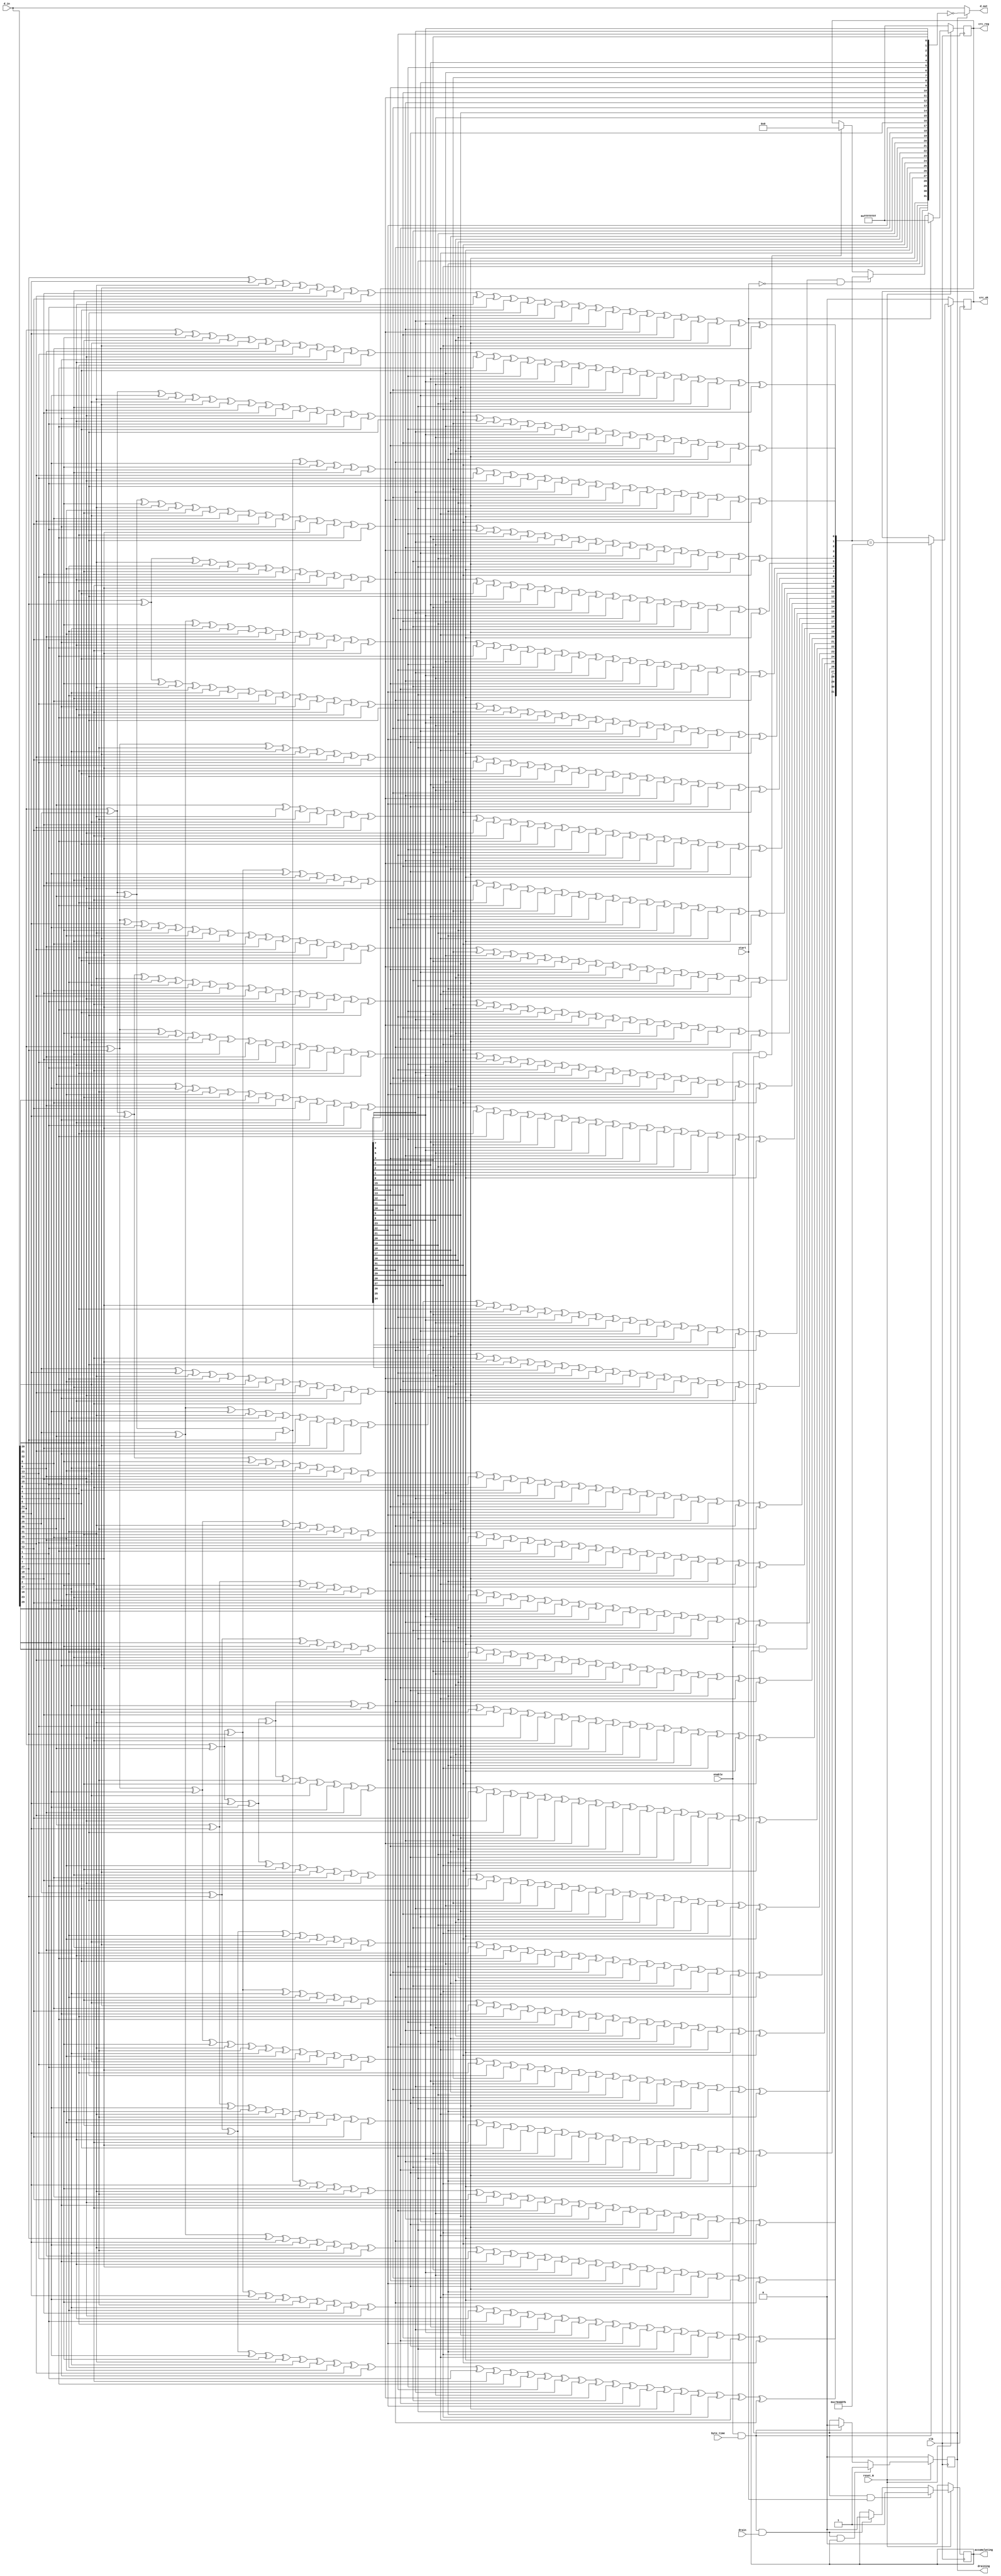

//--------------------------------------------------------------------------------------------------
//
// Title       : DW04_crc32
// Design      : crc32

// Company     :  Inc
//
//-------------------------------------------------------------------------------------------------
//
// Description : DW04_crc32 is a 32-bit Cyclic Redundancy Check (CRC) Polynomial Generator/Checker
// that provides data integrity on data streams of varying length.
//
//-------------------------------------------------------------------------------------------------

module DW04_crc32 (
	d_in,			  //Input data
	start,			  //Starts accumulation in the CRC register
	drain,			  //Drains the CRC register
	byte_time,		  //Indicates that a byte boundary has been reached,
	                  //active high. If the data width is eight bits or more,
					  //then byte_time functions as a second enable.
	enable,			  //Enable pin for all operations, active high
	clk,			  //Clock
	reset_N,		  //Synchronous reset, active low
	d_out,			  //Output data
	accumulating,	  //Indicates that the CRC register is accumulating
	draining,		  //Indicates that the CRC register is draining
	crc_ok,			  //Indicates a correct CRC value
	crc_reg			  //Provides constant monitoring of CRC register
	)/* synthesis syn_builtin_du = "weak" */;

//Parameter declaration
parameter data_width_power = 5;  
parameter mode_select = 3;
//Internal parameter 
parameter data_width = 1 << data_width_power;

//Input/output declaration
input [(1 << data_width_power) - 1 : 0 ]   d_in;
input                                      start;
input                                      drain;
input                                      byte_time;
input                                      enable;
input                                      clk;
input                                      reset_N;

output [(1 << data_width_power) - 1 : 0 ]  d_out; 
output                                     accumulating;
output                                     draining;
output                                     crc_ok;
output [31:0]                              crc_reg;

//Internal register declaration
reg [31:0]                                 crc_reg;		
reg [31:0]                                 new_crc;		
reg [data_width - 1 : 0]                   crc_reg_bit_order;		
reg [1:0]                                  byte_ctr;
reg                                        accumulating;
reg                                        draining;
reg                                        crc_ok;

//Updating the output
assign d_out = draining ? ~crc_reg_bit_order : d_in;

/*****************************
CRC-32 = x^32 + x^26 + x^23 + x^22 + x^16 + x^12 + x^11 + x^10 + x^8 + x^7 + x^5 + x^4 + x^2 + x + 1
poly_coef0 = x^12 + x^11 + x^10 + x^8 + x^7 + x^5 + x^4 + x^2 + x + 1, evaluated at x = 2
poly_coef0 = 2^12 + 2^11 + 2^10 + 2^8 + 2^7 + 2^5 + 2^4 + 2^2 + 2 + 1 =
4096 + 2048 + 1024 + 256 + 128 + 32 + 16 + 4 + 2 + 1
poly_coef0 = 7607 (binary equivalent = 0001110110110111)
poly_coef1 = (x^26 + x^23 + x^22 + x^16 )/2^16 , evaluated at x = 2
poly_coef1 = (2^26 + 2^23 + 2^22 + 2^16 )/2^16 = 2^10 + 2^7 + 2^6 + 1 =	1024 + 128 + 64 + 1
poly_coef1 = 1217 (binary equivalent = 0000010011000001)   
*****************************/
//Data width = 32 bits
function [31:0] new_crc32_d32;
input [31:0]  crc;	 
input [31:0]  din;

reg [31:0] D;
reg [31:0] C;
reg [31:0] NewCRC;

  begin
	//Bit Ordering 
	D = {din[24], din[25], din[26], din[27], din[28], din[29], din[30], din[31], din[16], din[17], din[18], din[19], din[20], din[21], din[22], din[23], din[8], din[9], din[10], din[11], din[12], din[13], din[14], din[15], din[0], din[1], din[2], din[3], din[4], din[5], din[6], din[7]}; 
    C = crc;

    NewCRC[0] = D[31] ^ D[30] ^ D[29] ^ D[28] ^ D[26] ^ D[25] ^ D[24] ^ 
                D[16] ^ D[12] ^ D[10] ^ D[9] ^ D[6] ^ D[0] ^ C[0] ^ 
                C[6] ^ C[9] ^ C[10] ^ C[12] ^ C[16] ^ C[24] ^ C[25] ^ 
                C[26] ^ C[28] ^ C[29] ^ C[30] ^ C[31];
    NewCRC[1] = D[28] ^ D[27] ^ D[24] ^ D[17] ^ D[16] ^ D[13] ^ D[12] ^ 
                D[11] ^ D[9] ^ D[7] ^ D[6] ^ D[1] ^ D[0] ^ C[0] ^ C[1] ^ 
                C[6] ^ C[7] ^ C[9] ^ C[11] ^ C[12] ^ C[13] ^ C[16] ^ 
                C[17] ^ C[24] ^ C[27] ^ C[28];
    NewCRC[2] = D[31] ^ D[30] ^ D[26] ^ D[24] ^ D[18] ^ D[17] ^ D[16] ^ 
                D[14] ^ D[13] ^ D[9] ^ D[8] ^ D[7] ^ D[6] ^ D[2] ^ 
                D[1] ^ D[0] ^ C[0] ^ C[1] ^ C[2] ^ C[6] ^ C[7] ^ C[8] ^ 
                C[9] ^ C[13] ^ C[14] ^ C[16] ^ C[17] ^ C[18] ^ C[24] ^ 
                C[26] ^ C[30] ^ C[31];
    NewCRC[3] = D[31] ^ D[27] ^ D[25] ^ D[19] ^ D[18] ^ D[17] ^ D[15] ^ 
                D[14] ^ D[10] ^ D[9] ^ D[8] ^ D[7] ^ D[3] ^ D[2] ^ 
                D[1] ^ C[1] ^ C[2] ^ C[3] ^ C[7] ^ C[8] ^ C[9] ^ C[10] ^ 
                C[14] ^ C[15] ^ C[17] ^ C[18] ^ C[19] ^ C[25] ^ C[27] ^ 
                C[31];
    NewCRC[4] = D[31] ^ D[30] ^ D[29] ^ D[25] ^ D[24] ^ D[20] ^ D[19] ^ 
                D[18] ^ D[15] ^ D[12] ^ D[11] ^ D[8] ^ D[6] ^ D[4] ^ 
                D[3] ^ D[2] ^ D[0] ^ C[0] ^ C[2] ^ C[3] ^ C[4] ^ C[6] ^ 
                C[8] ^ C[11] ^ C[12] ^ C[15] ^ C[18] ^ C[19] ^ C[20] ^ 
                C[24] ^ C[25] ^ C[29] ^ C[30] ^ C[31];
    NewCRC[5] = D[29] ^ D[28] ^ D[24] ^ D[21] ^ D[20] ^ D[19] ^ D[13] ^ 
                D[10] ^ D[7] ^ D[6] ^ D[5] ^ D[4] ^ D[3] ^ D[1] ^ D[0] ^ 
                C[0] ^ C[1] ^ C[3] ^ C[4] ^ C[5] ^ C[6] ^ C[7] ^ C[10] ^ 
                C[13] ^ C[19] ^ C[20] ^ C[21] ^ C[24] ^ C[28] ^ C[29];
    NewCRC[6] = D[30] ^ D[29] ^ D[25] ^ D[22] ^ D[21] ^ D[20] ^ D[14] ^ 
                D[11] ^ D[8] ^ D[7] ^ D[6] ^ D[5] ^ D[4] ^ D[2] ^ D[1] ^ 
                C[1] ^ C[2] ^ C[4] ^ C[5] ^ C[6] ^ C[7] ^ C[8] ^ C[11] ^ 
                C[14] ^ C[20] ^ C[21] ^ C[22] ^ C[25] ^ C[29] ^ C[30];
    NewCRC[7] = D[29] ^ D[28] ^ D[25] ^ D[24] ^ D[23] ^ D[22] ^ D[21] ^ 
                D[16] ^ D[15] ^ D[10] ^ D[8] ^ D[7] ^ D[5] ^ D[3] ^ 
                D[2] ^ D[0] ^ C[0] ^ C[2] ^ C[3] ^ C[5] ^ C[7] ^ C[8] ^ 
                C[10] ^ C[15] ^ C[16] ^ C[21] ^ C[22] ^ C[23] ^ C[24] ^ 
                C[25] ^ C[28] ^ C[29];
    NewCRC[8] = D[31] ^ D[28] ^ D[23] ^ D[22] ^ D[17] ^ D[12] ^ D[11] ^ 
                D[10] ^ D[8] ^ D[4] ^ D[3] ^ D[1] ^ D[0] ^ C[0] ^ C[1] ^ 
                C[3] ^ C[4] ^ C[8] ^ C[10] ^ C[11] ^ C[12] ^ C[17] ^ 
                C[22] ^ C[23] ^ C[28] ^ C[31];
    NewCRC[9] = D[29] ^ D[24] ^ D[23] ^ D[18] ^ D[13] ^ D[12] ^ D[11] ^ 
                D[9] ^ D[5] ^ D[4] ^ D[2] ^ D[1] ^ C[1] ^ C[2] ^ C[4] ^ 
                C[5] ^ C[9] ^ C[11] ^ C[12] ^ C[13] ^ C[18] ^ C[23] ^ 
                C[24] ^ C[29];
    NewCRC[10] = D[31] ^ D[29] ^ D[28] ^ D[26] ^ D[19] ^ D[16] ^ D[14] ^ 
                 D[13] ^ D[9] ^ D[5] ^ D[3] ^ D[2] ^ D[0] ^ C[0] ^ C[2] ^ 
                 C[3] ^ C[5] ^ C[9] ^ C[13] ^ C[14] ^ C[16] ^ C[19] ^ 
                 C[26] ^ C[28] ^ C[29] ^ C[31];
    NewCRC[11] = D[31] ^ D[28] ^ D[27] ^ D[26] ^ D[25] ^ D[24] ^ D[20] ^ 
                 D[17] ^ D[16] ^ D[15] ^ D[14] ^ D[12] ^ D[9] ^ D[4] ^ 
                 D[3] ^ D[1] ^ D[0] ^ C[0] ^ C[1] ^ C[3] ^ C[4] ^ C[9] ^ 
                 C[12] ^ C[14] ^ C[15] ^ C[16] ^ C[17] ^ C[20] ^ C[24] ^ 
                 C[25] ^ C[26] ^ C[27] ^ C[28] ^ C[31];
    NewCRC[12] = D[31] ^ D[30] ^ D[27] ^ D[24] ^ D[21] ^ D[18] ^ D[17] ^ 
                 D[15] ^ D[13] ^ D[12] ^ D[9] ^ D[6] ^ D[5] ^ D[4] ^ 
                 D[2] ^ D[1] ^ D[0] ^ C[0] ^ C[1] ^ C[2] ^ C[4] ^ C[5] ^ 
                 C[6] ^ C[9] ^ C[12] ^ C[13] ^ C[15] ^ C[17] ^ C[18] ^ 
                 C[21] ^ C[24] ^ C[27] ^ C[30] ^ C[31];
    NewCRC[13] = D[31] ^ D[28] ^ D[25] ^ D[22] ^ D[19] ^ D[18] ^ D[16] ^ 
                 D[14] ^ D[13] ^ D[10] ^ D[7] ^ D[6] ^ D[5] ^ D[3] ^ 
                 D[2] ^ D[1] ^ C[1] ^ C[2] ^ C[3] ^ C[5] ^ C[6] ^ C[7] ^ 
                 C[10] ^ C[13] ^ C[14] ^ C[16] ^ C[18] ^ C[19] ^ C[22] ^ 
                 C[25] ^ C[28] ^ C[31];
    NewCRC[14] = D[29] ^ D[26] ^ D[23] ^ D[20] ^ D[19] ^ D[17] ^ D[15] ^ 
                 D[14] ^ D[11] ^ D[8] ^ D[7] ^ D[6] ^ D[4] ^ D[3] ^ 
                 D[2] ^ C[2] ^ C[3] ^ C[4] ^ C[6] ^ C[7] ^ C[8] ^ C[11] ^ 
                 C[14] ^ C[15] ^ C[17] ^ C[19] ^ C[20] ^ C[23] ^ C[26] ^ 
                 C[29];
    NewCRC[15] = D[30] ^ D[27] ^ D[24] ^ D[21] ^ D[20] ^ D[18] ^ D[16] ^ 
                 D[15] ^ D[12] ^ D[9] ^ D[8] ^ D[7] ^ D[5] ^ D[4] ^ 
                 D[3] ^ C[3] ^ C[4] ^ C[5] ^ C[7] ^ C[8] ^ C[9] ^ C[12] ^ 
                 C[15] ^ C[16] ^ C[18] ^ C[20] ^ C[21] ^ C[24] ^ C[27] ^ 
                 C[30];
    NewCRC[16] = D[30] ^ D[29] ^ D[26] ^ D[24] ^ D[22] ^ D[21] ^ D[19] ^ 
                 D[17] ^ D[13] ^ D[12] ^ D[8] ^ D[5] ^ D[4] ^ D[0] ^ 
                 C[0] ^ C[4] ^ C[5] ^ C[8] ^ C[12] ^ C[13] ^ C[17] ^ 
                 C[19] ^ C[21] ^ C[22] ^ C[24] ^ C[26] ^ C[29] ^ C[30];
    NewCRC[17] = D[31] ^ D[30] ^ D[27] ^ D[25] ^ D[23] ^ D[22] ^ D[20] ^ 
                 D[18] ^ D[14] ^ D[13] ^ D[9] ^ D[6] ^ D[5] ^ D[1] ^ 
                 C[1] ^ C[5] ^ C[6] ^ C[9] ^ C[13] ^ C[14] ^ C[18] ^ 
                 C[20] ^ C[22] ^ C[23] ^ C[25] ^ C[27] ^ C[30] ^ C[31];
    NewCRC[18] = D[31] ^ D[28] ^ D[26] ^ D[24] ^ D[23] ^ D[21] ^ D[19] ^ 
                 D[15] ^ D[14] ^ D[10] ^ D[7] ^ D[6] ^ D[2] ^ C[2] ^ 
                 C[6] ^ C[7] ^ C[10] ^ C[14] ^ C[15] ^ C[19] ^ C[21] ^ 
                 C[23] ^ C[24] ^ C[26] ^ C[28] ^ C[31];
    NewCRC[19] = D[29] ^ D[27] ^ D[25] ^ D[24] ^ D[22] ^ D[20] ^ D[16] ^ 
                 D[15] ^ D[11] ^ D[8] ^ D[7] ^ D[3] ^ C[3] ^ C[7] ^ 
                 C[8] ^ C[11] ^ C[15] ^ C[16] ^ C[20] ^ C[22] ^ C[24] ^ 
                 C[25] ^ C[27] ^ C[29];
    NewCRC[20] = D[30] ^ D[28] ^ D[26] ^ D[25] ^ D[23] ^ D[21] ^ D[17] ^ 
                 D[16] ^ D[12] ^ D[9] ^ D[8] ^ D[4] ^ C[4] ^ C[8] ^ 
                 C[9] ^ C[12] ^ C[16] ^ C[17] ^ C[21] ^ C[23] ^ C[25] ^ 
                 C[26] ^ C[28] ^ C[30];
    NewCRC[21] = D[31] ^ D[29] ^ D[27] ^ D[26] ^ D[24] ^ D[22] ^ D[18] ^ 
                 D[17] ^ D[13] ^ D[10] ^ D[9] ^ D[5] ^ C[5] ^ C[9] ^ 
                 C[10] ^ C[13] ^ C[17] ^ C[18] ^ C[22] ^ C[24] ^ C[26] ^ 
                 C[27] ^ C[29] ^ C[31];
    NewCRC[22] = D[31] ^ D[29] ^ D[27] ^ D[26] ^ D[24] ^ D[23] ^ D[19] ^ 
                 D[18] ^ D[16] ^ D[14] ^ D[12] ^ D[11] ^ D[9] ^ D[0] ^ 
                 C[0] ^ C[9] ^ C[11] ^ C[12] ^ C[14] ^ C[16] ^ C[18] ^ 
                 C[19] ^ C[23] ^ C[24] ^ C[26] ^ C[27] ^ C[29] ^ C[31];
    NewCRC[23] = D[31] ^ D[29] ^ D[27] ^ D[26] ^ D[20] ^ D[19] ^ D[17] ^ 
                 D[16] ^ D[15] ^ D[13] ^ D[9] ^ D[6] ^ D[1] ^ D[0] ^ 
                 C[0] ^ C[1] ^ C[6] ^ C[9] ^ C[13] ^ C[15] ^ C[16] ^ 
                 C[17] ^ C[19] ^ C[20] ^ C[26] ^ C[27] ^ C[29] ^ C[31];
    NewCRC[24] = D[30] ^ D[28] ^ D[27] ^ D[21] ^ D[20] ^ D[18] ^ D[17] ^ 
                 D[16] ^ D[14] ^ D[10] ^ D[7] ^ D[2] ^ D[1] ^ C[1] ^ 
                 C[2] ^ C[7] ^ C[10] ^ C[14] ^ C[16] ^ C[17] ^ C[18] ^ 
                 C[20] ^ C[21] ^ C[27] ^ C[28] ^ C[30];
    NewCRC[25] = D[31] ^ D[29] ^ D[28] ^ D[22] ^ D[21] ^ D[19] ^ D[18] ^ 
                 D[17] ^ D[15] ^ D[11] ^ D[8] ^ D[3] ^ D[2] ^ C[2] ^ 
                 C[3] ^ C[8] ^ C[11] ^ C[15] ^ C[17] ^ C[18] ^ C[19] ^ 
                 C[21] ^ C[22] ^ C[28] ^ C[29] ^ C[31];
    NewCRC[26] = D[31] ^ D[28] ^ D[26] ^ D[25] ^ D[24] ^ D[23] ^ D[22] ^ 
                 D[20] ^ D[19] ^ D[18] ^ D[10] ^ D[6] ^ D[4] ^ D[3] ^ 
                 D[0] ^ C[0] ^ C[3] ^ C[4] ^ C[6] ^ C[10] ^ C[18] ^ 
                 C[19] ^ C[20] ^ C[22] ^ C[23] ^ C[24] ^ C[25] ^ C[26] ^ 
                 C[28] ^ C[31];
    NewCRC[27] = D[29] ^ D[27] ^ D[26] ^ D[25] ^ D[24] ^ D[23] ^ D[21] ^ 
                 D[20] ^ D[19] ^ D[11] ^ D[7] ^ D[5] ^ D[4] ^ D[1] ^ 
                 C[1] ^ C[4] ^ C[5] ^ C[7] ^ C[11] ^ C[19] ^ C[20] ^ 
                 C[21] ^ C[23] ^ C[24] ^ C[25] ^ C[26] ^ C[27] ^ C[29];
    NewCRC[28] = D[30] ^ D[28] ^ D[27] ^ D[26] ^ D[25] ^ D[24] ^ D[22] ^ 
                 D[21] ^ D[20] ^ D[12] ^ D[8] ^ D[6] ^ D[5] ^ D[2] ^ 
                 C[2] ^ C[5] ^ C[6] ^ C[8] ^ C[12] ^ C[20] ^ C[21] ^ 
                 C[22] ^ C[24] ^ C[25] ^ C[26] ^ C[27] ^ C[28] ^ C[30];
    NewCRC[29] = D[31] ^ D[29] ^ D[28] ^ D[27] ^ D[26] ^ D[25] ^ D[23] ^ 
                 D[22] ^ D[21] ^ D[13] ^ D[9] ^ D[7] ^ D[6] ^ D[3] ^ 
                 C[3] ^ C[6] ^ C[7] ^ C[9] ^ C[13] ^ C[21] ^ C[22] ^ 
                 C[23] ^ C[25] ^ C[26] ^ C[27] ^ C[28] ^ C[29] ^ C[31];
    NewCRC[30] = D[30] ^ D[29] ^ D[28] ^ D[27] ^ D[26] ^ D[24] ^ D[23] ^ 
                 D[22] ^ D[14] ^ D[10] ^ D[8] ^ D[7] ^ D[4] ^ C[4] ^ 
                 C[7] ^ C[8] ^ C[10] ^ C[14] ^ C[22] ^ C[23] ^ C[24] ^ 
                 C[26] ^ C[27] ^ C[28] ^ C[29] ^ C[30];
    NewCRC[31] = D[31] ^ D[30] ^ D[29] ^ D[28] ^ D[27] ^ D[25] ^ D[24] ^ 
                 D[23] ^ D[15] ^ D[11] ^ D[9] ^ D[8] ^ D[5] ^ C[5] ^ 
                 C[8] ^ C[9] ^ C[11] ^ C[15] ^ C[23] ^ C[24] ^ C[25] ^ 
                 C[27] ^ C[28] ^ C[29] ^ C[30] ^ C[31];

    new_crc32_d32 = NewCRC;

  end
		
endfunction

//Data width = 16 bits
function [31:0] new_crc32_d16;
input [31:0]  crc;	 
input [15:0]  din;

reg [15:0] D;
reg [31:0] C;
reg [31:0] NewCRC;

  begin
	//Bit Ordering 
	D = {din[8], din[9], din[10], din[11], din[12], din[13], din[14], din[15], din[0], din[1], din[2], din[3], din[4], din[5], din[6], din[7]}; 
    C = crc;

    NewCRC[0] = D[12] ^ D[10] ^ D[9] ^ D[6] ^ D[0] ^ C[16] ^ C[22] ^ 
                C[25] ^ C[26] ^ C[28];
    NewCRC[1] = D[13] ^ D[12] ^ D[11] ^ D[9] ^ D[7] ^ D[6] ^ D[1] ^ 
                D[0] ^ C[16] ^ C[17] ^ C[22] ^ C[23] ^ C[25] ^ C[27] ^ 
                C[28] ^ C[29];
    NewCRC[2] = D[14] ^ D[13] ^ D[9] ^ D[8] ^ D[7] ^ D[6] ^ D[2] ^ 
                D[1] ^ D[0] ^ C[16] ^ C[17] ^ C[18] ^ C[22] ^ C[23] ^ 
                C[24] ^ C[25] ^ C[29] ^ C[30];
    NewCRC[3] = D[15] ^ D[14] ^ D[10] ^ D[9] ^ D[8] ^ D[7] ^ D[3] ^ 
                D[2] ^ D[1] ^ C[17] ^ C[18] ^ C[19] ^ C[23] ^ C[24] ^ 
                C[25] ^ C[26] ^ C[30] ^ C[31];
    NewCRC[4] = D[15] ^ D[12] ^ D[11] ^ D[8] ^ D[6] ^ D[4] ^ D[3] ^ 
                D[2] ^ D[0] ^ C[16] ^ C[18] ^ C[19] ^ C[20] ^ C[22] ^ 
                C[24] ^ C[27] ^ C[28] ^ C[31];
    NewCRC[5] = D[13] ^ D[10] ^ D[7] ^ D[6] ^ D[5] ^ D[4] ^ D[3] ^ 
                D[1] ^ D[0] ^ C[16] ^ C[17] ^ C[19] ^ C[20] ^ C[21] ^ 
                C[22] ^ C[23] ^ C[26] ^ C[29];
    NewCRC[6] = D[14] ^ D[11] ^ D[8] ^ D[7] ^ D[6] ^ D[5] ^ D[4] ^ 
                D[2] ^ D[1] ^ C[17] ^ C[18] ^ C[20] ^ C[21] ^ C[22] ^ 
                C[23] ^ C[24] ^ C[27] ^ C[30];
    NewCRC[7] = D[15] ^ D[10] ^ D[8] ^ D[7] ^ D[5] ^ D[3] ^ D[2] ^ 
                D[0] ^ C[16] ^ C[18] ^ C[19] ^ C[21] ^ C[23] ^ C[24] ^ 
                C[26] ^ C[31];
    NewCRC[8] = D[12] ^ D[11] ^ D[10] ^ D[8] ^ D[4] ^ D[3] ^ D[1] ^ 
                D[0] ^ C[16] ^ C[17] ^ C[19] ^ C[20] ^ C[24] ^ C[26] ^ 
                C[27] ^ C[28];
    NewCRC[9] = D[13] ^ D[12] ^ D[11] ^ D[9] ^ D[5] ^ D[4] ^ D[2] ^ 
                D[1] ^ C[17] ^ C[18] ^ C[20] ^ C[21] ^ C[25] ^ C[27] ^ 
                C[28] ^ C[29];
    NewCRC[10] = D[14] ^ D[13] ^ D[9] ^ D[5] ^ D[3] ^ D[2] ^ D[0] ^ 
                 C[16] ^ C[18] ^ C[19] ^ C[21] ^ C[25] ^ C[29] ^ C[30];
    NewCRC[11] = D[15] ^ D[14] ^ D[12] ^ D[9] ^ D[4] ^ D[3] ^ D[1] ^ 
                 D[0] ^ C[16] ^ C[17] ^ C[19] ^ C[20] ^ C[25] ^ C[28] ^ 
                 C[30] ^ C[31];
    NewCRC[12] = D[15] ^ D[13] ^ D[12] ^ D[9] ^ D[6] ^ D[5] ^ D[4] ^ 
                 D[2] ^ D[1] ^ D[0] ^ C[16] ^ C[17] ^ C[18] ^ C[20] ^ 
                 C[21] ^ C[22] ^ C[25] ^ C[28] ^ C[29] ^ C[31];
    NewCRC[13] = D[14] ^ D[13] ^ D[10] ^ D[7] ^ D[6] ^ D[5] ^ D[3] ^ 
                 D[2] ^ D[1] ^ C[17] ^ C[18] ^ C[19] ^ C[21] ^ C[22] ^ 
                 C[23] ^ C[26] ^ C[29] ^ C[30];
    NewCRC[14] = D[15] ^ D[14] ^ D[11] ^ D[8] ^ D[7] ^ D[6] ^ D[4] ^ 
                 D[3] ^ D[2] ^ C[18] ^ C[19] ^ C[20] ^ C[22] ^ C[23] ^ 
                 C[24] ^ C[27] ^ C[30] ^ C[31];
    NewCRC[15] = D[15] ^ D[12] ^ D[9] ^ D[8] ^ D[7] ^ D[5] ^ D[4] ^ 
                 D[3] ^ C[19] ^ C[20] ^ C[21] ^ C[23] ^ C[24] ^ C[25] ^ 
                 C[28] ^ C[31];
    NewCRC[16] = D[13] ^ D[12] ^ D[8] ^ D[5] ^ D[4] ^ D[0] ^ C[0] ^ 
                 C[16] ^ C[20] ^ C[21] ^ C[24] ^ C[28] ^ C[29];
    NewCRC[17] = D[14] ^ D[13] ^ D[9] ^ D[6] ^ D[5] ^ D[1] ^ C[1] ^ 
                 C[17] ^ C[21] ^ C[22] ^ C[25] ^ C[29] ^ C[30];
    NewCRC[18] = D[15] ^ D[14] ^ D[10] ^ D[7] ^ D[6] ^ D[2] ^ C[2] ^ 
                 C[18] ^ C[22] ^ C[23] ^ C[26] ^ C[30] ^ C[31];
    NewCRC[19] = D[15] ^ D[11] ^ D[8] ^ D[7] ^ D[3] ^ C[3] ^ C[19] ^ 
                 C[23] ^ C[24] ^ C[27] ^ C[31];
    NewCRC[20] = D[12] ^ D[9] ^ D[8] ^ D[4] ^ C[4] ^ C[20] ^ C[24] ^ 
                 C[25] ^ C[28];
    NewCRC[21] = D[13] ^ D[10] ^ D[9] ^ D[5] ^ C[5] ^ C[21] ^ C[25] ^ 
                 C[26] ^ C[29];
    NewCRC[22] = D[14] ^ D[12] ^ D[11] ^ D[9] ^ D[0] ^ C[6] ^ C[16] ^ 
                 C[25] ^ C[27] ^ C[28] ^ C[30];
    NewCRC[23] = D[15] ^ D[13] ^ D[9] ^ D[6] ^ D[1] ^ D[0] ^ C[7] ^ 
                 C[16] ^ C[17] ^ C[22] ^ C[25] ^ C[29] ^ C[31];
    NewCRC[24] = D[14] ^ D[10] ^ D[7] ^ D[2] ^ D[1] ^ C[8] ^ C[17] ^ 
                 C[18] ^ C[23] ^ C[26] ^ C[30];
    NewCRC[25] = D[15] ^ D[11] ^ D[8] ^ D[3] ^ D[2] ^ C[9] ^ C[18] ^ 
                 C[19] ^ C[24] ^ C[27] ^ C[31];
    NewCRC[26] = D[10] ^ D[6] ^ D[4] ^ D[3] ^ D[0] ^ C[10] ^ C[16] ^ 
                 C[19] ^ C[20] ^ C[22] ^ C[26];
    NewCRC[27] = D[11] ^ D[7] ^ D[5] ^ D[4] ^ D[1] ^ C[11] ^ C[17] ^ 
                 C[20] ^ C[21] ^ C[23] ^ C[27];
    NewCRC[28] = D[12] ^ D[8] ^ D[6] ^ D[5] ^ D[2] ^ C[12] ^ C[18] ^ 
                 C[21] ^ C[22] ^ C[24] ^ C[28];
    NewCRC[29] = D[13] ^ D[9] ^ D[7] ^ D[6] ^ D[3] ^ C[13] ^ C[19] ^ 
                 C[22] ^ C[23] ^ C[25] ^ C[29];
    NewCRC[30] = D[14] ^ D[10] ^ D[8] ^ D[7] ^ D[4] ^ C[14] ^ C[20] ^ 
                 C[23] ^ C[24] ^ C[26] ^ C[30];
    NewCRC[31] = D[15] ^ D[11] ^ D[9] ^ D[8] ^ D[5] ^ C[15] ^ C[21] ^ 
                 C[24] ^ C[25] ^ C[27] ^ C[31];

    new_crc32_d16 = NewCRC;

  end
		
endfunction

//Data width = 8 bits
function [31:0] new_crc32_d8;
input [31:0] crc;	 
input [7:0]  din;

reg [31:0] C;
reg [7:0] D;
reg [31:0] NewCRC;

  begin
	//Bit Ordering 
	D = {din[0], din[1], din[2], din[3], din[4], din[5], din[6], din[7]}; 
    C = crc;

    NewCRC[0] = D[6] ^ D[0] ^ C[24] ^ C[30];
    NewCRC[1] = D[7] ^ D[6] ^ D[1] ^ D[0] ^ C[24] ^ C[25] ^ C[30] ^ C[31];
    NewCRC[2] = D[7] ^ D[6] ^ D[2] ^ D[1] ^ D[0] ^ C[24] ^ C[25] ^ 
                C[26] ^ C[30] ^ C[31];
    NewCRC[3] = D[7] ^ D[3] ^ D[2] ^ D[1] ^ C[25] ^ C[26] ^ C[27] ^ 
                C[31];
    NewCRC[4] = D[6] ^ D[4] ^ D[3] ^ D[2] ^ D[0] ^ C[24] ^ C[26] ^ 
                C[27] ^ C[28] ^ C[30];
    NewCRC[5] = D[7] ^ D[6] ^ D[5] ^ D[4] ^ D[3] ^ D[1] ^ D[0] ^ C[24] ^ 
                C[25] ^ C[27] ^ C[28] ^ C[29] ^ C[30] ^ C[31];
    NewCRC[6] = D[7] ^ D[6] ^ D[5] ^ D[4] ^ D[2] ^ D[1] ^ C[25] ^ C[26] ^ 
                C[28] ^ C[29] ^ C[30] ^ C[31];
    NewCRC[7] = D[7] ^ D[5] ^ D[3] ^ D[2] ^ D[0] ^ C[24] ^ C[26] ^ 
                C[27] ^ C[29] ^ C[31];
    NewCRC[8] = D[4] ^ D[3] ^ D[1] ^ D[0] ^ C[0] ^ C[24] ^ C[25] ^ 
                C[27] ^ C[28];
    NewCRC[9] = D[5] ^ D[4] ^ D[2] ^ D[1] ^ C[1] ^ C[25] ^ C[26] ^ 
                C[28] ^ C[29];
    NewCRC[10] = D[5] ^ D[3] ^ D[2] ^ D[0] ^ C[2] ^ C[24] ^ C[26] ^ 
                 C[27] ^ C[29];
    NewCRC[11] = D[4] ^ D[3] ^ D[1] ^ D[0] ^ C[3] ^ C[24] ^ C[25] ^ 
                 C[27] ^ C[28];
    NewCRC[12] = D[6] ^ D[5] ^ D[4] ^ D[2] ^ D[1] ^ D[0] ^ C[4] ^ C[24] ^ 
                 C[25] ^ C[26] ^ C[28] ^ C[29] ^ C[30];
    NewCRC[13] = D[7] ^ D[6] ^ D[5] ^ D[3] ^ D[2] ^ D[1] ^ C[5] ^ C[25] ^ 
                 C[26] ^ C[27] ^ C[29] ^ C[30] ^ C[31];
    NewCRC[14] = D[7] ^ D[6] ^ D[4] ^ D[3] ^ D[2] ^ C[6] ^ C[26] ^ C[27] ^ 
                 C[28] ^ C[30] ^ C[31];
    NewCRC[15] = D[7] ^ D[5] ^ D[4] ^ D[3] ^ C[7] ^ C[27] ^ C[28] ^ 

                 C[29] ^ C[31];
    NewCRC[16] = D[5] ^ D[4] ^ D[0] ^ C[8] ^ C[24] ^ C[28] ^ C[29];
    NewCRC[17] = D[6] ^ D[5] ^ D[1] ^ C[9] ^ C[25] ^ C[29] ^ C[30];
    NewCRC[18] = D[7] ^ D[6] ^ D[2] ^ C[10] ^ C[26] ^ C[30] ^ C[31];
    NewCRC[19] = D[7] ^ D[3] ^ C[11] ^ C[27] ^ C[31];
    NewCRC[20] = D[4] ^ C[12] ^ C[28];
    NewCRC[21] = D[5] ^ C[13] ^ C[29];
    NewCRC[22] = D[0] ^ C[14] ^ C[24];
    NewCRC[23] = D[6] ^ D[1] ^ D[0] ^ C[15] ^ C[24] ^ C[25] ^ C[30];
    NewCRC[24] = D[7] ^ D[2] ^ D[1] ^ C[16] ^ C[25] ^ C[26] ^ C[31];
    NewCRC[25] = D[3] ^ D[2] ^ C[17] ^ C[26] ^ C[27];
    NewCRC[26] = D[6] ^ D[4] ^ D[3] ^ D[0] ^ C[18] ^ C[24] ^ C[27] ^ 
                 C[28] ^ C[30];
    NewCRC[27] = D[7] ^ D[5] ^ D[4] ^ D[1] ^ C[19] ^ C[25] ^ C[28] ^ 
                 C[29] ^ C[31];
    NewCRC[28] = D[6] ^ D[5] ^ D[2] ^ C[20] ^ C[26] ^ C[29] ^ C[30];
    NewCRC[29] = D[7] ^ D[6] ^ D[3] ^ C[21] ^ C[27] ^ C[30] ^ C[31];
    NewCRC[30] = D[7] ^ D[4] ^ C[22] ^ C[28] ^ C[31];
    NewCRC[31] = D[5] ^ C[23] ^ C[29];

    new_crc32_d8 = NewCRC;

  end
		
endfunction


//Data width = 4 bits
function [31:0] new_crc32_d4;
input [31:0] crc;	 
input [3:0]  din;

reg [31:0] C;
reg [3:0] D;
reg [31:0] NewCRC;

  begin
	//Bit Ordering 
	D = {din[0], din[1], din[2], din[3]}; 
    C = crc;

    NewCRC[0] = D[0] ^ C[28];
    NewCRC[1] = D[1] ^ D[0] ^ C[28] ^ C[29];
    NewCRC[2] = D[2] ^ D[1] ^ D[0] ^ C[28] ^ C[29] ^ C[30];
    NewCRC[3] = D[3] ^ D[2] ^ D[1] ^ C[29] ^ C[30] ^ C[31];
    NewCRC[4] = D[3] ^ D[2] ^ D[0] ^ C[0] ^ C[28] ^ C[30] ^ C[31];
    NewCRC[5] = D[3] ^ D[1] ^ D[0] ^ C[1] ^ C[28] ^ C[29] ^ C[31];
    NewCRC[6] = D[2] ^ D[1] ^ C[2] ^ C[29] ^ C[30];
    NewCRC[7] = D[3] ^ D[2] ^ D[0] ^ C[3] ^ C[28] ^ C[30] ^ C[31];
    NewCRC[8] = D[3] ^ D[1] ^ D[0] ^ C[4] ^ C[28] ^ C[29] ^ C[31];
    NewCRC[9] = D[2] ^ D[1] ^ C[5] ^ C[29] ^ C[30];
    NewCRC[10] = D[3] ^ D[2] ^ D[0] ^ C[6] ^ C[28] ^ C[30] ^ C[31];
    NewCRC[11] = D[3] ^ D[1] ^ D[0] ^ C[7] ^ C[28] ^ C[29] ^ C[31];
    NewCRC[12] = D[2] ^ D[1] ^ D[0] ^ C[8] ^ C[28] ^ C[29] ^ C[30];
    NewCRC[13] = D[3] ^ D[2] ^ D[1] ^ C[9] ^ C[29] ^ C[30] ^ C[31];
    NewCRC[14] = D[3] ^ D[2] ^ C[10] ^ C[30] ^ C[31];
    NewCRC[15] = D[3] ^ C[11] ^ C[31];
    NewCRC[16] = D[0] ^ C[12] ^ C[28];
    NewCRC[17] = D[1] ^ C[13] ^ C[29];
    NewCRC[18] = D[2] ^ C[14] ^ C[30];
    NewCRC[19] = D[3] ^ C[15] ^ C[31];
    NewCRC[20] = C[16];
    NewCRC[21] = C[17];
    NewCRC[22] = D[0] ^ C[18] ^ C[28];
    NewCRC[23] = D[1] ^ D[0] ^ C[19] ^ C[28] ^ C[29];
    NewCRC[24] = D[2] ^ D[1] ^ C[20] ^ C[29] ^ C[30];
    NewCRC[25] = D[3] ^ D[2] ^ C[21] ^ C[30] ^ C[31];
    NewCRC[26] = D[3] ^ D[0] ^ C[22] ^ C[28] ^ C[31];
    NewCRC[27] = D[1] ^ C[23] ^ C[29];
    NewCRC[28] = D[2] ^ C[24] ^ C[30];
    NewCRC[29] = D[3] ^ C[25] ^ C[31];
    NewCRC[30] = C[26];
    NewCRC[31] = C[27];

    new_crc32_d4 = NewCRC;

  end
		
endfunction
 
//Data width = 2 bits
function [31:0] new_crc32_d2;
input [31:0] crc;	 
input [1:0]  din;

reg [31:0] C;
reg [1:0] D;
reg [31:0] NewCRC;

  begin
	//Bit Ordering 
	D = {din[0], din[1]}; 
    C = crc;

    NewCRC[0] = D[0] ^ C[30];
    NewCRC[1] = D[1] ^ D[0] ^ C[30] ^ C[31];
    NewCRC[2] = D[1] ^ D[0] ^ C[0] ^ C[30] ^ C[31];
    NewCRC[3] = D[1] ^ C[1] ^ C[31];
    NewCRC[4] = D[0] ^ C[2] ^ C[30];
    NewCRC[5] = D[1] ^ D[0] ^ C[3] ^ C[30] ^ C[31];
    NewCRC[6] = D[1] ^ C[4] ^ C[31];
    NewCRC[7] = D[0] ^ C[5] ^ C[30];
    NewCRC[8] = D[1] ^ D[0] ^ C[6] ^ C[30] ^ C[31];
    NewCRC[9] = D[1] ^ C[7] ^ C[31];
    NewCRC[10] = D[0] ^ C[8] ^ C[30];
    NewCRC[11] = D[1] ^ D[0] ^ C[9] ^ C[30] ^ C[31];
    NewCRC[12] = D[1] ^ D[0] ^ C[10] ^ C[30] ^ C[31];
    NewCRC[13] = D[1] ^ C[11] ^ C[31];
    NewCRC[14] = C[12];
    NewCRC[15] = C[13];
    NewCRC[16] = D[0] ^ C[14] ^ C[30];
    NewCRC[17] = D[1] ^ C[15] ^ C[31];
    NewCRC[18] = C[16];
    NewCRC[19] = C[17];
    NewCRC[20] = C[18];
    NewCRC[21] = C[19];
    NewCRC[22] = D[0] ^ C[20] ^ C[30];
    NewCRC[23] = D[1] ^ D[0] ^ C[21] ^ C[30] ^ C[31];
    NewCRC[24] = D[1] ^ C[22] ^ C[31];
    NewCRC[25] = C[23];
    NewCRC[26] = D[0] ^ C[24] ^ C[30];
    NewCRC[27] = D[1] ^ C[25] ^ C[31];
    NewCRC[28] = C[26];
    NewCRC[29] = C[27];
    NewCRC[30] = C[28];
    NewCRC[31] = C[29];

    new_crc32_d2 = NewCRC;

  end
		
endfunction

//Data width = 1 bit
function [31:0] new_crc32_d1;
input [31:0] crc;	 
input [0:0]  din;

reg [31:0] C;
reg [0:0]  D;
reg [31:0] NewCRC;

  begin
	//Bit Ordering 
	D[0] = din; 
    C = crc;

    NewCRC[0] = D[0] ^ C[31];
    NewCRC[1] = D[0] ^ C[0] ^ C[31];
    NewCRC[2] = D[0] ^ C[1] ^ C[31];
    NewCRC[3] = C[2];
    NewCRC[4] = D[0] ^ C[3] ^ C[31];
    NewCRC[5] = D[0] ^ C[4] ^ C[31];
    NewCRC[6] = C[5];
    NewCRC[7] = D[0] ^ C[6] ^ C[31];
    NewCRC[8] = D[0] ^ C[7] ^ C[31];
    NewCRC[9] = C[8];
    NewCRC[10] = D[0] ^ C[9] ^ C[31];
    NewCRC[11] = D[0] ^ C[10] ^ C[31];
    NewCRC[12] = D[0] ^ C[11] ^ C[31];
    NewCRC[13] = C[12];
    NewCRC[14] = C[13];
    NewCRC[15] = C[14];
    NewCRC[16] = D[0] ^ C[15] ^ C[31];
    NewCRC[17] = C[16];
    NewCRC[18] = C[17];
    NewCRC[19] = C[18];
    NewCRC[20] = C[19];
    NewCRC[21] = C[20];
    NewCRC[22] = D[0] ^ C[21] ^ C[31];
    NewCRC[23] = D[0] ^ C[22] ^ C[31];
    NewCRC[24] = C[23];
    NewCRC[25] = C[24];
    NewCRC[26] = D[0] ^ C[25] ^ C[31];
    NewCRC[27] = C[26];
    NewCRC[28] = C[27];
    NewCRC[29] = C[28];
    NewCRC[30] = C[29];
    NewCRC[31] = C[30];

    new_crc32_d1 = NewCRC;

  end
		
endfunction

//Call the function to get the new CRC.
always @( crc_reg or d_in )
	if ( data_width_power == 5 )
		new_crc = new_crc32_d32(crc_reg, d_in);
	else if ( data_width_power == 4 )
		new_crc = new_crc32_d16(crc_reg, d_in);
	else if ( data_width_power == 3 )
		new_crc = new_crc32_d8(crc_reg, d_in);
	else if ( data_width_power == 2 )
		new_crc = new_crc32_d4(crc_reg, d_in);
	else if ( data_width_power == 1 )
		new_crc = new_crc32_d2(crc_reg, d_in);
	else 
		new_crc = new_crc32_d1(crc_reg, d_in);
	
	
//Registering the CRC32
always @( posedge clk )
	if ( !reset_N )
		crc_reg <= 32'hffff_ffff;
	else
		begin  
			if ( start )
				crc_reg <= 32'hffff_ffff; // For checking purpose this is needed				
			else if ( enable && accumulating && !start )
				crc_reg <= new_crc;
			else if ( enable && draining )
				crc_reg <= crc_reg << data_width;
		end	

//Bit_ordering crc_reg -- see Table 8
always @( crc_reg )
	if ( data_width == 2 )
		crc_reg_bit_order = {crc_reg[30], crc_reg[31]};  
	else if ( data_width == 4 )
		crc_reg_bit_order = {crc_reg[28], crc_reg[29], crc_reg[30], crc_reg[31]}; 
	else if ( data_width == 8 )
		crc_reg_bit_order = {crc_reg[24], crc_reg[25], crc_reg[26], crc_reg[27], crc_reg[28], crc_reg[29], crc_reg[30], crc_reg[31]}; 
	else if ( data_width == 16 )
		crc_reg_bit_order = {crc_reg[24], crc_reg[25], crc_reg[26], crc_reg[27], crc_reg[28], crc_reg[29], crc_reg[30], crc_reg[31], crc_reg[16], crc_reg[17], crc_reg[18], crc_reg[19], crc_reg[20], crc_reg[21], crc_reg[22], crc_reg[23]};  
	else if ( data_width == 32 )
		crc_reg_bit_order = {crc_reg[24], crc_reg[25], crc_reg[26], crc_reg[27], crc_reg[28], crc_reg[29], crc_reg[30], crc_reg[31], crc_reg[16], crc_reg[17], crc_reg[18], crc_reg[19], crc_reg[20], crc_reg[21], crc_reg[22], crc_reg[23], crc_reg[8], crc_reg[9], crc_reg[10], crc_reg[11], crc_reg[12], crc_reg[13], crc_reg[14], crc_reg[15], crc_reg[0], crc_reg[1], crc_reg[2], crc_reg[3], crc_reg[4], crc_reg[5], crc_reg[6], crc_reg[7]}; 
	else 
		crc_reg_bit_order = crc_reg[31];
	
//Generation of accumulating signal
always @( posedge clk )
	if ( !reset_N )
		accumulating <= 1'b0;
	else
		begin
			if ( enable && byte_time && start )	 
				accumulating <= 1'b1;
			else if ( enable && byte_time && drain )
				accumulating <= 1'b0;
		end		
				
//Generation of draining signal
always @( posedge clk )
	if ( !reset_N )
		draining <= 1'b0;
	else
		begin
			if ( enable && byte_time && drain && accumulating )	 
				draining <= 1'b1;
			else if ( enable && byte_time && (( byte_ctr == 2'b11 && ( data_width == 1 || data_width == 2 || data_width == 4 || data_width == 8)) || ( data_width == 16 && byte_ctr[0] ) || data_width == 32))
				draining <= 1'b0;
		end													  
		
//Generation of Byte counter : counting the no. of bytes when draining is asserted
always @( posedge clk )
	if ( !reset_N )
		byte_ctr <= 2'b00;
	else
		begin
			if ( enable && byte_time && drain && accumulating )
				byte_ctr <= 2'b00;
			else if ( byte_time ) 
				byte_ctr <= byte_ctr + 1'b1;				 
		end		

//Checking the CRC
always @( posedge clk )	
	if (  mode_select > 1 )
		begin
			if ( !reset_N )
				crc_ok <= 1'b0;
			else			  
				if ( byte_time && enable )
					crc_ok <= new_crc == 32'hc704_dd7b;
		end	
		
endmodule